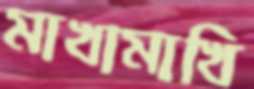
মাখামাখি